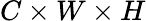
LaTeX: C\times W\times H